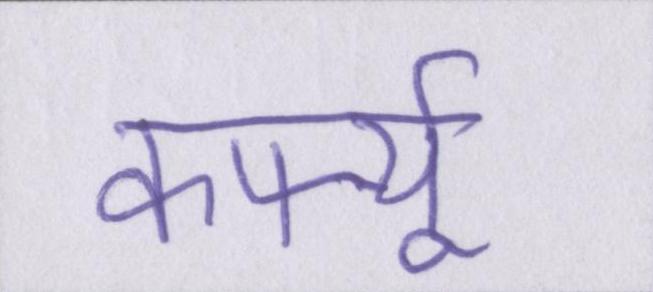
कर्फ्यू